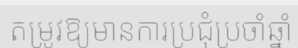
តម្រូវឱ្យមានការប្រជុំប្រចាំឆ្នាំ